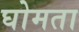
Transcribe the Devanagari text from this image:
घोमता